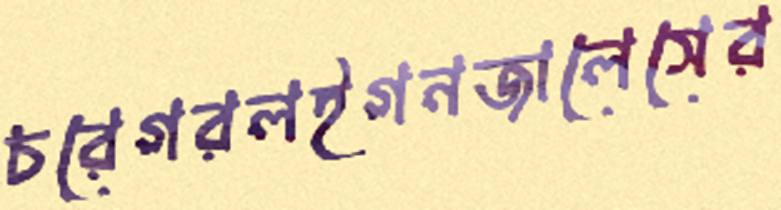
চরেগরলইগনজালেসের